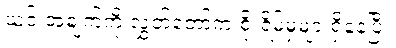
ယင်းအချက်ကို လွှတ်တော်က စိုးရိမ်မှုများရှိနေပြီ။